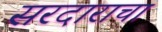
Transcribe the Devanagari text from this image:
सरदाराचा